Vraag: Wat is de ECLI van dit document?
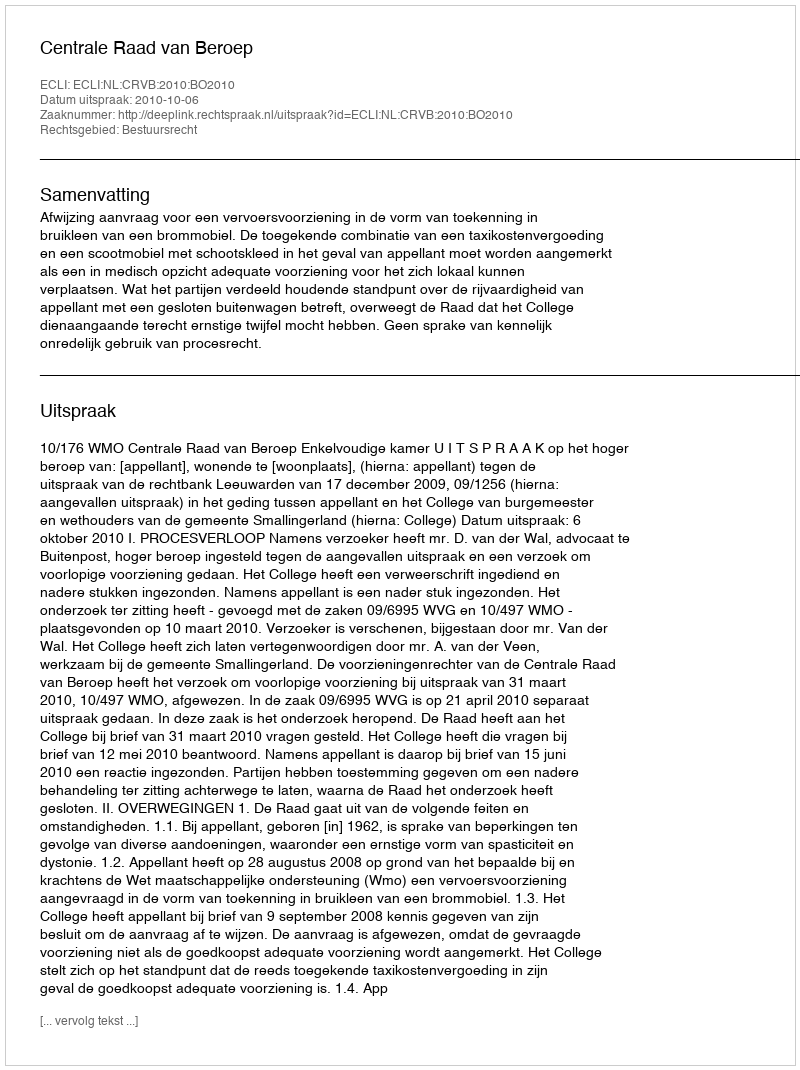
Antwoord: ECLI:NL:CRVB:2010:BO2010